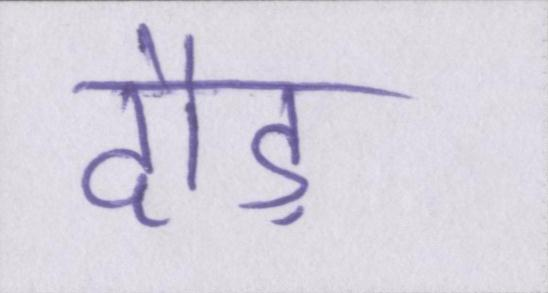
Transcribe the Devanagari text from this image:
दौड़